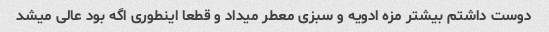
دوست داشتم بیشتر مزه ادویه و سبزی معطر میداد و قطعا اینطوری اگه بود عالی میشد